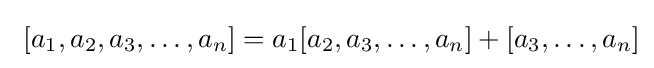
\,\,[a_{1},a_{2},a_{3},\ldots ,a_{n}]=a_{1}[a_{2},a_{3},\ldots ,a_{n}]+[a_{3},\ldots ,a_{n}]